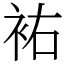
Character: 𧙗